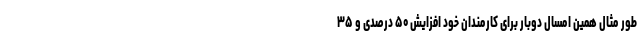
طور مثال همین امسال دوبار برای کارمندان خود افزایش ۵۰ درصدی و ۳۵